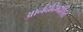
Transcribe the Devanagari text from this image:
आनंददिग्दर्शित